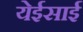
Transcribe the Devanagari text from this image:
येईसाई